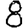
Digit: 8